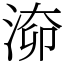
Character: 𣶐